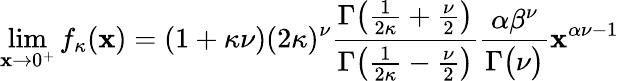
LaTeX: \operatorname*{lim}_{\mathbf{x}\to0^{+}}f_{\kappa}(\mathbf{x})=(1+\kappa\nu)(2\kappa)^{\nu}{\frac{{\Gamma{\big(}{\frac{{1}}{{2\kappa}}}+{\frac{{\nu}}{{2}}}{\big)}}}{{\Gamma{\big(}{\frac{{1}}{{2\kappa}}}-{\frac{{\nu}}{{2}}}{\big)}}}}{\frac{{\alpha\beta^{\nu}}}{{\Gamma{\big(}\nu{\big)}}}}\mathbf{x}^{\alpha\nu-1}